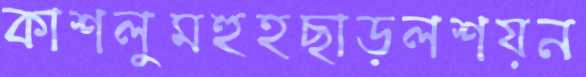
কাশলুমহুহছাড়লশয়ন